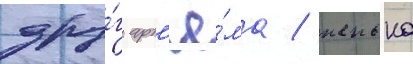
дру́г арт'ё́ма / женька